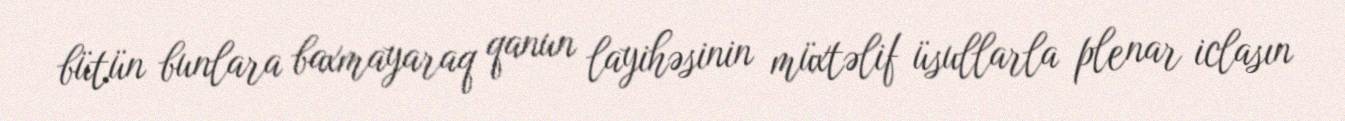
bütün bunlara baxmayaraq qanun layihəsinin müxtəlif üsullarla plenar iclasın